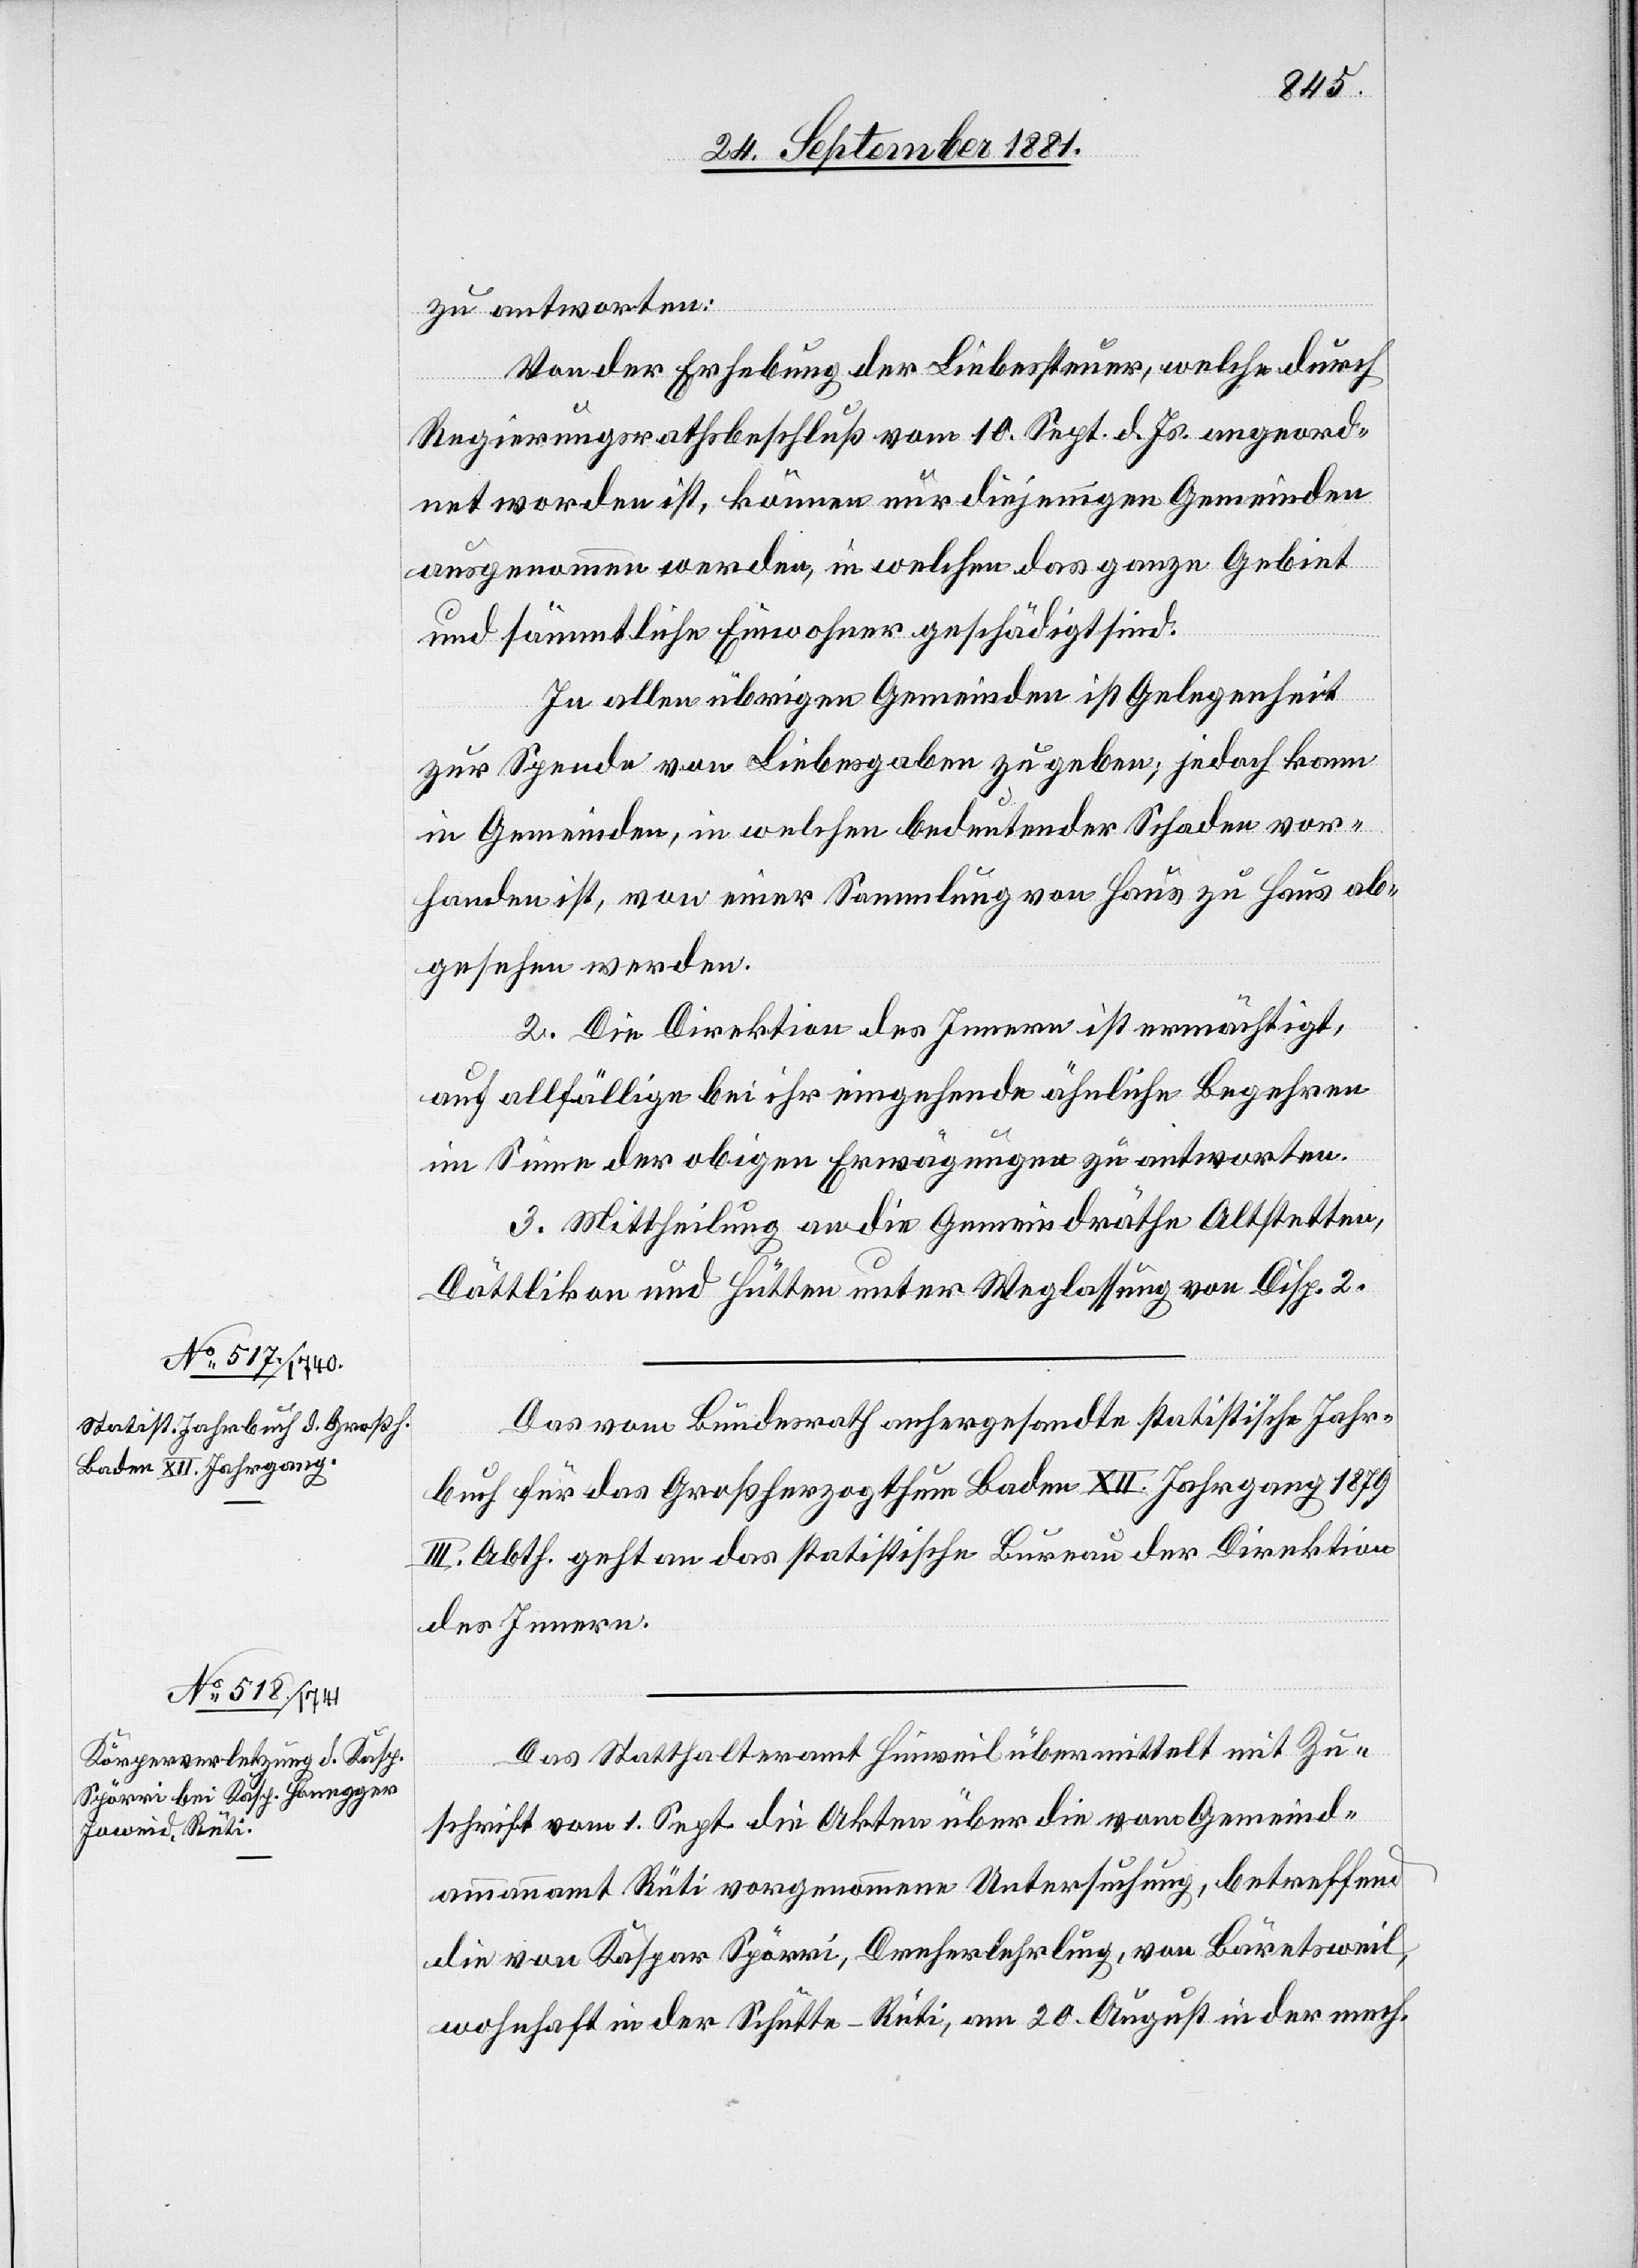
zu antworten:
Von der Erhebung der Liebessteuer, welche durch
Regierungsrathsbeschluß vom 10. Sept. d. Js. angeord¬
net worden ist, können nur diejenigen Gemeinden
ausgenommen werden, in welchen das ganze Gebiet
und sämmtliche Einwohner geschädigt sind.
In allen übrigen Gemeinden ist Gelegenheit
zur Spende von Liebesgaben zu geben; jedoch kann
in Gemeinden, in welchen bedeutender Schaden vor¬
handen ist, von einer Sammlung von Haus zu Haus ab¬
gesehen werden.
2. Die Direktion des Innern ist ermächtigt,
auf allfällige bei ihr eingehende ähnliche Begehren
im Sinne der obigen Erwägungen zu antworten.
3. Mittheilung an die Gemeindräthe Altstetten,
Dättlikon und Hütten unter Weglassung von Disp. 2.
Das vom Bundesrath anhergesandte statistische Jahr¬
buch für das Großherzogthum Baden XII Jahrgang 1879
III. Abth. geht an das statistische Bureau der Direktion
des Innern.
Das Statthalteramt Hinweil übermittelt mit Zu¬
schrift vom 1. Sept. die Akten über die vom Gemeind¬
ammannamt Rüti vorgenommene Untersuchung, betreffend
die von Kaspar Spörri, Dreherlehrling, von Bärentsweil,
wohnhaft in der Schütte - Rüti, am 20. August in der mech.